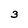
Character: 3